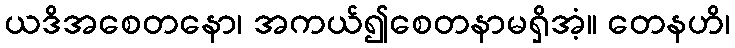
ယဒိအစေတနော၊ အကယ်၍စေတနာမရှိအံ့။ တေနဟိ၊